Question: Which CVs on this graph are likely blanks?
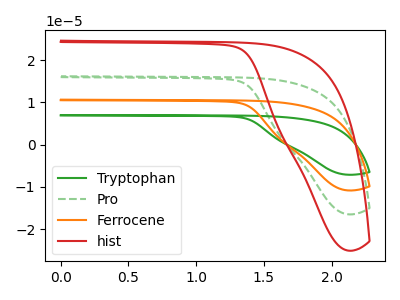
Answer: <think>The green curve "Tryptophan" has no peaks. The green dashed curve "Pro" has no peaks. The orange curve "Ferrocene" has no peaks. The red curve "hist" has no peaks.</think>
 <answer>"Tryptophan", "Pro", "Ferrocene" and "hist" are likely to be blanks.</answer>
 <eval>"Tryptophan", "Pro", "Ferrocene", "hist"</eval>